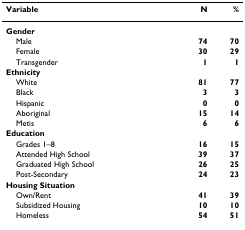
<table><thead><tr><td><b>Variable</b></td><td><b>N</b></td><td><b>%</b></td></tr></thead><tbody><tr><td><b>Gender</b></td><td></td><td></td></tr><tr><td> Male</td><td><b>74</b></td><td><b>70</b></td></tr><tr><td> Female</td><td><b>30</b></td><td><b>29</b></td></tr><tr><td> Transgender</td><td><b>1</b></td><td><b>1</b></td></tr><tr><td><b>Ethnicity</b></td><td></td><td></td></tr><tr><td> White</td><td><b>81</b></td><td><b>77</b></td></tr><tr><td> Black</td><td><b>3</b></td><td><b>3</b></td></tr><tr><td> Hispanic</td><td><b>0</b></td><td><b>0</b></td></tr><tr><td> Aboriginal</td><td><b>15</b></td><td><b>14</b></td></tr><tr><td> Metis</td><td><b>6</b></td><td><b>6</b></td></tr><tr><td><b>Education</b></td><td></td><td></td></tr><tr><td> Grades 1–8</td><td><b>16</b></td><td><b>15</b></td></tr><tr><td> Attended High School</td><td><b>39</b></td><td><b>37</b></td></tr><tr><td> Graduated High School</td><td><b>26</b></td><td><b>25</b></td></tr><tr><td> Post-Secondary</td><td><b>24</b></td><td><b>23</b></td></tr><tr><td><b>Housing Situation</b></td><td></td><td></td></tr><tr><td> Own/Rent</td><td><b>41</b></td><td><b>39</b></td></tr><tr><td> Subsidized Housing</td><td><b>10</b></td><td><b>10</b></td></tr><tr><td> Homeless</td><td><b>54</b></td><td><b>51</b></td></tr></tbody></table>